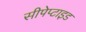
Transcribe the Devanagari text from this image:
सीपेप्टाइड